Madras plague regulations and rules for district municipalities and other towns and villages
Disease focus: Plague
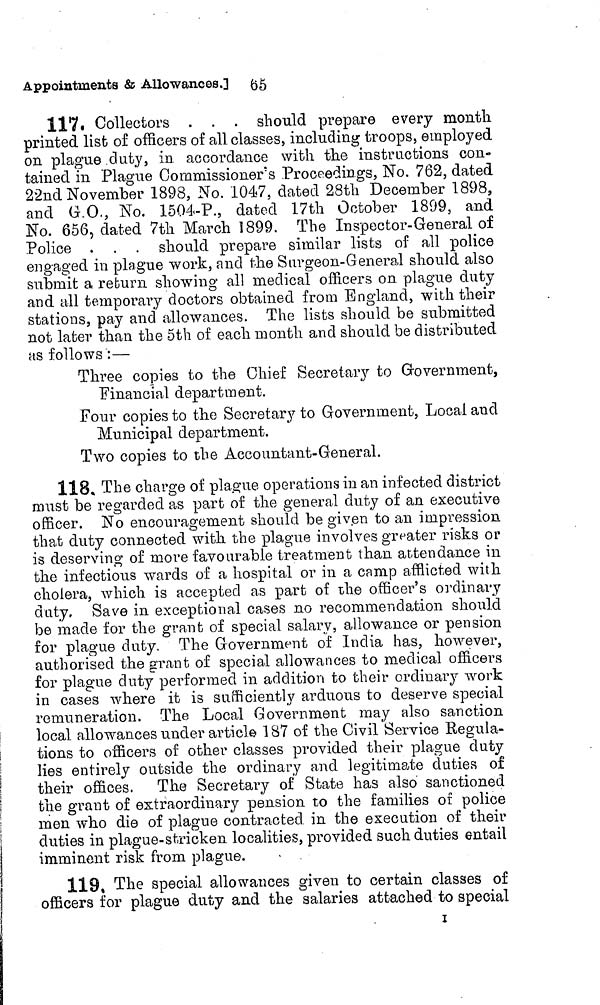
65
Appointments & Allowances.]
117. Collectors . . . should prepare every month
printed list of officers of all classes, including troops, employed
on plague duty, in accordance with the instructions con-
tained in Plague Commissioner's Proceedicgs, No. 762, dated
22nd November 1898, No. 1047, dated 28th December 1898,
and G.O., No. 1504-P., dated 17th October 1899, and
No. 656, dated 7th March 1899. The Inspector-General of
Police . . . should prepare similar lists of all police
engaged in plague work, and the Surgeon-General should also
submit a return showing all medical officers on plague duty
and all temporary doctors obtained from England, with their
stations, pay and allowances. The lists should be submitted
not later than the 5th of each month and should be distributed
as follows :—
Three copies to the Chief Secretary to Government,
Financial department.
Four copies to the Secretary to Government, Local and
Municipal department.
Two copies to the Accountant-General.
118« The charge of plague operations in an infected district
must be regarded as part of the general duty of an executive
officer. No encouragement should be given to an impression
that duty connected with the plague involves greater risks or
is deserving of more favourable treatment than attendance in
the infectious wards of a hospital or in a camp afflicted with
cholera, which is accepted as part of the officer's ordinary
duty. Save in exceptional cases no recommendation should
be made for the grant of special salary, allowance or pension
for plague duty. The Government of India has, however,
authorised the grant of special allowances to medical officers
for plague duty performed in addition to their ordinary work
in cases where it is sufficiently arduous to deserve special
remuneration. The Local Government may also sanction
local allowances under article 187 of the Civil Service Regula-
tions to officers of other classes provided their plague duty
lies entirely outside the ordinary and legitimate duties of
their offices. The Secretary of State has also sanctioned
the grant of extraordinary pension to the families of police
men who die of plague contracted in the execution of their
duties in plague-stricken localities, provided such duties entail
imminent risk from plague.
119, The special allowances given to certain classes of
officers for plague duty and the salaries attached to special
I